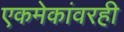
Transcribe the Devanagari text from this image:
एकमेकांवरही